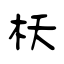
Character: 枖